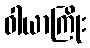
ဝါယာကြိုး